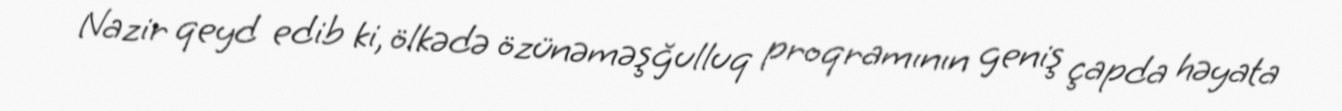
Nazir qeyd edib ki, ölkədə özünəməşğulluq proqramının geniş çapda həyata